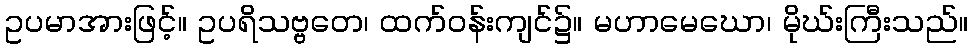
ဥပမာအားဖြင့်။ ဥပရိသဗ္ဗတေ၊ ထက်ဝန်းကျင်၌။ မဟာမေဃော၊ မိုဃ်းကြီးသည်။